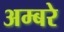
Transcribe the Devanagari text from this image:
अम्बरे